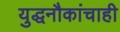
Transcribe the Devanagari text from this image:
युद्धनौकांचाही